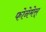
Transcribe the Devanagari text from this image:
फोनेमेस्